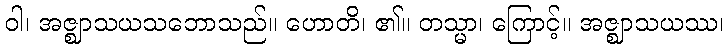
ဝါ၊ အဇ္ဈာသယသဘောသည်။ ဟောတိ၊ ၏။ တသ္မာ၊ ကြောင့်။ အဇ္ဈာသယဿ၊